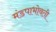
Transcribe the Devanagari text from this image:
मंडपाभोवती